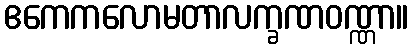
ဧကေကလောမတာလက္ခဏဝဏ္ဏာ။